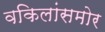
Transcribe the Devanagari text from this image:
वकिलांसमोर